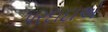
પરદાદાએ